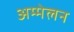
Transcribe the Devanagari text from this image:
अम्मेलन